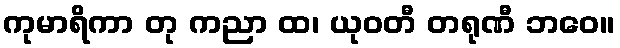
ကုမာရိကာ တု ကညာ ထ၊ ယုဝတီ တရုဏီ ဘဝေ။